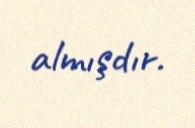
almışdır.